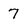
Character: 7